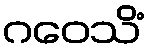
ဂဝေသိံ